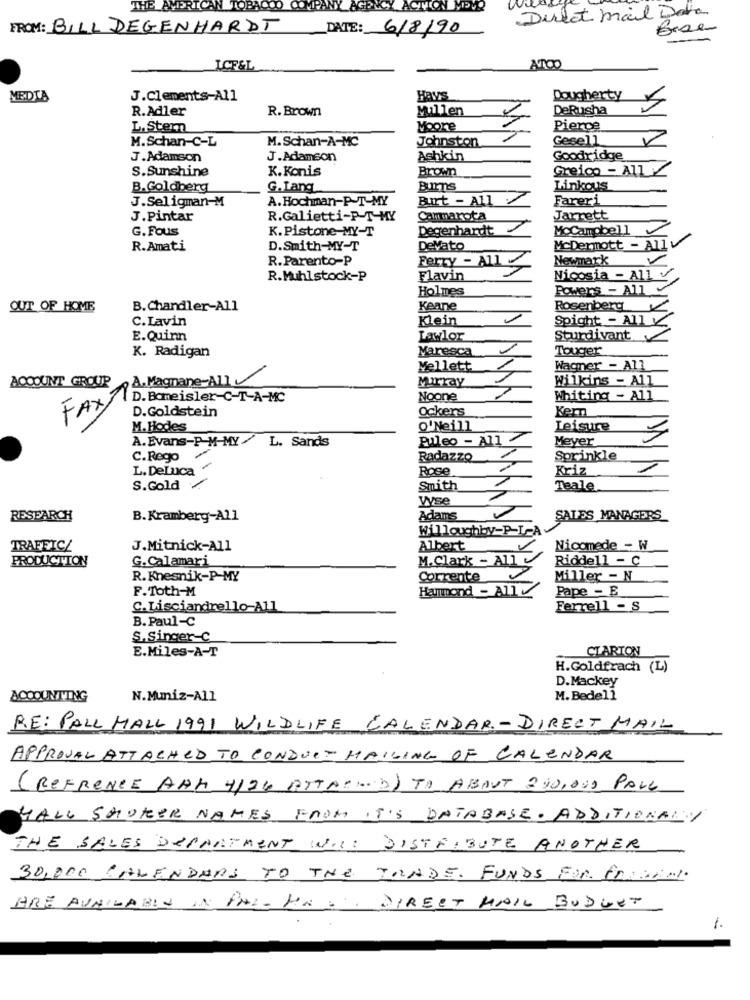
THE AMERICAN TOBACCO COMPAT
ACTION MEVR
Direct Mail Data
FROM: BILL DEGENHARDT
DATE: 6/8/90
Brae
LCFEL
ATOO
MEDIA
J.Clements-All
Havs
Dougherty
R.Adler
R. Brown
Mullen
DeRusha
L. Stern
Moore
Pierce
M.Schan-C-L
M. Schan-A-MC
Johnston
Gesell
J.Adamson
J.Adamson
Ashkin
Goodridge
S.Sunshine
K.Konis
Brown
Greico - A11 /
B.Goldberg
G. Lang
Burns
Linkous
J.Seligman-M
A. Hochman-P-T-MY
But - All
Fareri
J.Pintar
R.Galietti-P-T-MY
Cammarota
Jarrett
G.Fous
K.Pistone-MY-T
Degenhardt
McCampbell
R.Amati
D.Smith-MY-T
DeVato
McDermott - Allv
R.Parento-P
Ferry - All
Newmark
R.Muhlstock-P
Flavin
Nicosia - All v
Holmes
Powers - ATIV
OUT OF HOME
B.Chandler-All
Keane
Rosenberg
C.Lavin
Klein
Spight - All
E.Quinn
Lawlor
Sturdivant
K. Radigan
Maresca
Touger
Mellett
Wagner - All
ACCOUNT GROUP
A. Magnane-All
Murray
Wilkins - All
D. Bomeisler-C-T-A-MC
Noone
Whiting - All
D.Goldstein
ockers
Kern
FAXY
M.Hodes
O'Neill
Leisure
A. Evans-P M-MY / L. Sands
Puleo - All
Meyer
C.Rego
Radazzo
Sprinkle
L. DeLuca
Rose
Kriz
S.Gold
Smith
Teale
yse
RESEARCH
B.Kramberg-All
Adams
SALES MANAGERS
Willoughby-P-I-A
TRAFFIC/
J.Mitnick-All
Albert
Nicomede - W
PRODUCTION
G.Calamari
M. Clark - All
Riddell - C
R. Knesnik-P-MY
Corrente
Miller - N
F.Toth-M
Hammond - Ally
Pape - B
C.Lisciandrello-All
Ferrell - S
B. Paul-C
S. Singer-C
E.Miles-A-T
CIARTON
H.Goldfrach (L)
D.Mackey
ACCOUNTING
N.Muniz-All
M. Bedell
RE: PALL MALL 1991 WILDLIFE CALENDAR-DIRECT MAIL
APPROVAL ATTACHED TO CONDUCT MAILING OF CALENDAR
( REFRENCE AAM 4124 ATTAIN 5) TO ABOUT 240,000 PALL
HALL SMOKER NAMES FROM IT'S DATABASE. ADDITIONALY
THE SALES DEPARTMENT WILL DISTRIBUTE ANOTHER
30,000 CALENDARS TO THE TRADE. FUNDS FOR FREE.
ARE AVAILABLE IN PAL- HAS, DIRECT MAIL BUDGET
1.